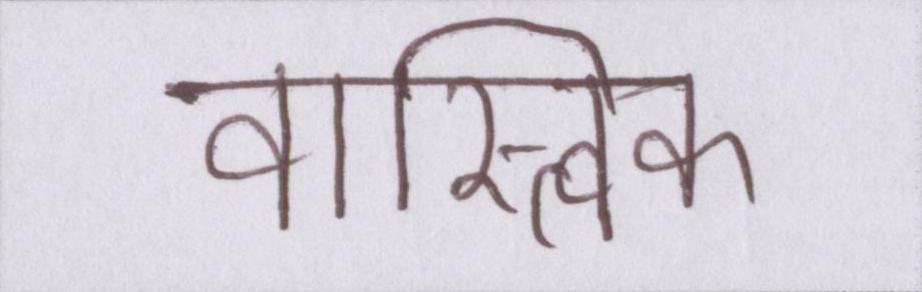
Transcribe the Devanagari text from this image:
वास्त्विक